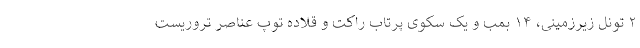
۲ تونل زیرزمینی، ۱۴ بمب و یک سکوی پرتاب راکت و قلاده توپ عناصر تروریست